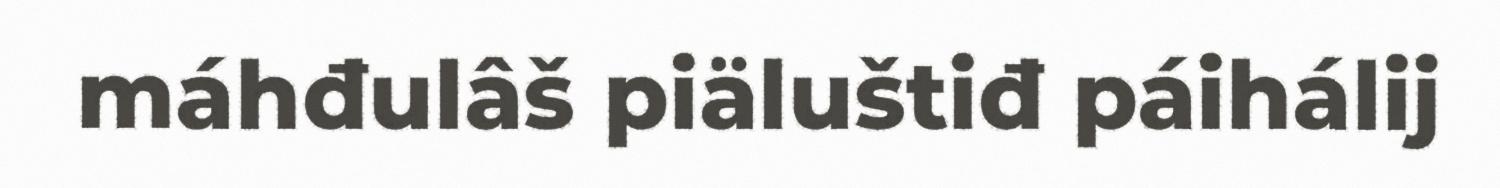
máhđulâš piäluštiđ páihálij